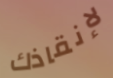
لإنقاذك